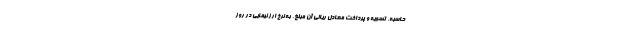
حاسبه، تسویه و پرداخت معادل ریالی آن مبلغ، به نرخ ارز نیمایی در روز